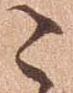
こ